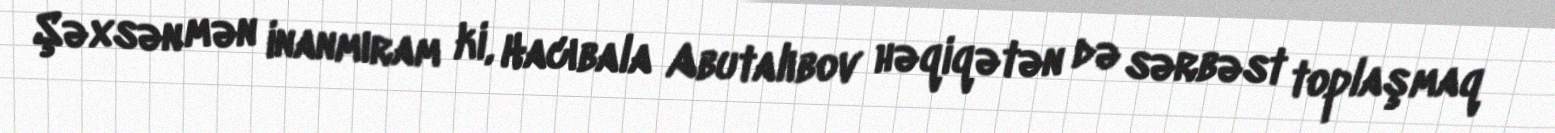
Şəxsən mən inanmıram ki, Hacıbala Abutalıbov həqiqətən də sərbəst toplaşmaq